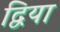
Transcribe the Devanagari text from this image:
द्विया